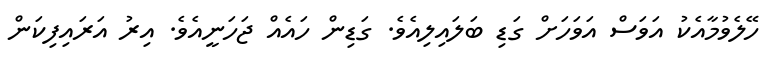
ހޭލެވުމާއެކު އަވަސް އަވަހަށް ގަޑި ބަލައިލިއެވެ. ގަޑިން ހައެއް ޖަހަނީއެވެ. އިރު އަރައިފިކަން